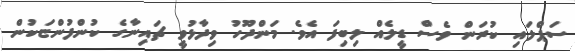
ސަޕްލައި ކުރަން ވެސް ޑީލެއް ލިބިފަ އެވެ. މަންދޫހު ވިދާޅުވީ ޗައިނާގެ ކުންފުންޏަކުން